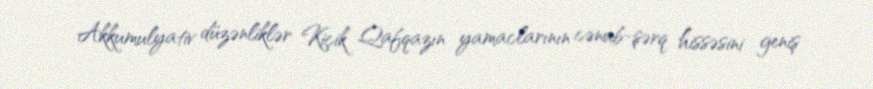
Akkumulyativ düzənliklər Kiçik Qafqazın yamaclarının cənub-şərq hissəsini geniş